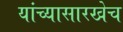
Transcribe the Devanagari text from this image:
यांच्यासारखेच